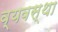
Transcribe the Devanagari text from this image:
व्यवस्था